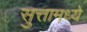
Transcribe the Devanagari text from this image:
सुत्तामध्ये